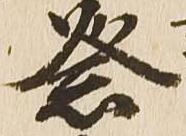
祭